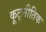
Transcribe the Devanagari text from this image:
कूट्नीतिक